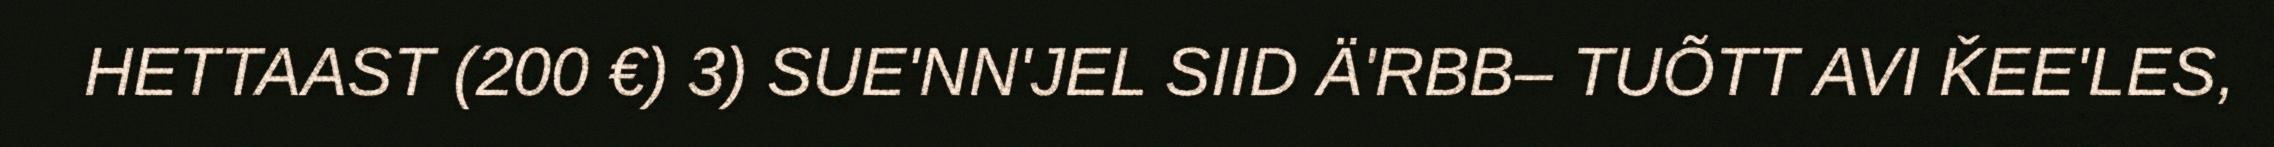
HETTAAST (200 €) 3) SUE'NN'JEL SIID Ä'RBB– TUÕTT AVI ǨEE'LES,